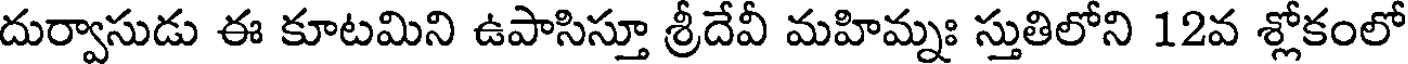
దుర్వాసుడు ఈ కూటమిని ఉపాసిస్తూ శ్రీదేవీ మహిమ్నః స్తుతిలోని 12వ శ్లోకంలో